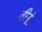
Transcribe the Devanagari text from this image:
तीनूं